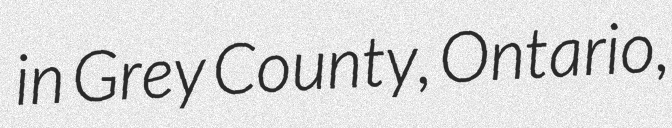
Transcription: in Grey County, Ontario,